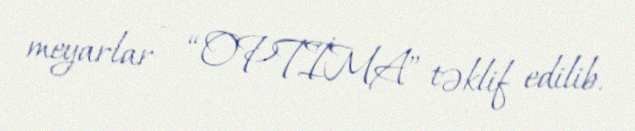
meyarlar – “OPTİMA” təklif edilib.